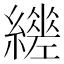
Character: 𦆧